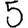
Digit: 5